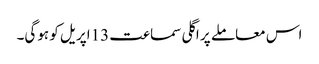
اس معاملے پر اگلی سماعت 13اپریل کو ہوگی۔